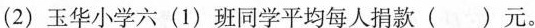
(2)玉华小学六(1)班同学平均每人捐款()元。